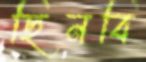
ছিনবি